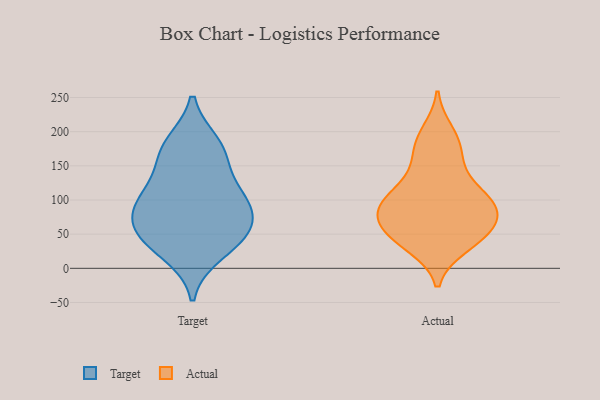
{"axis": {"x": "Net Income (USD K)", "y": "Value"}, "legend": ["Actual", "Target"], "data": [{"x": "", "y": 161, "type": "Target"}, {"x": "", "y": 41, "type": "Target"}, {"x": "", "y": 182, "type": "Target"}, {"x": "", "y": 175, "type": "Target"}, {"x": "", "y": 22, "type": "Target"}, {"x": "", "y": 109, "type": "Target"}, {"x": "", "y": 54, "type": "Target"}, {"x": "", "y": 74, "type": "Target"}, {"x": "", "y": 49, "type": "Target"}, {"x": "", "y": 114, "type": "Target"}, {"x": "", "y": 82, "type": "Target"}, {"x": "", "y": 97, "type": "Target"}, {"x": "", "y": 190, "type": "Actual"}, {"x": "", "y": 95, "type": "Actual"}, {"x": "", "y": 51, "type": "Actual"}, {"x": "", "y": 113, "type": "Actual"}, {"x": "", "y": 84, "type": "Actual"}, {"x": "", "y": 138, "type": "Actual"}, {"x": "", "y": 65, "type": "Actual"}, {"x": "", "y": 164, "type": "Actual"}, {"x": "", "y": 200, "type": "Actual"}, {"x": "", "y": 112, "type": "Actual"}, {"x": "", "y": 170, "type": "Actual"}, {"x": "", "y": 46, "type": "Actual"}, {"x": "", "y": 32, "type": "Actual"}, {"x": "", "y": 88, "type": "Actual"}, {"x": "", "y": 81, "type": "Actual"}, {"x": "", "y": 62, "type": "Actual"}, {"x": "", "y": 53, "type": "Actual"}, {"x": "", "y": 90, "type": "Actual"}, {"x": "", "y": 32, "type": "Actual"}, {"x": "", "y": 102, "type": "Actual"}]}